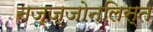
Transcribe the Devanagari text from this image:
नज़्ज़्जोनलिस्त